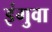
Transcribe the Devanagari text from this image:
इंगुवा